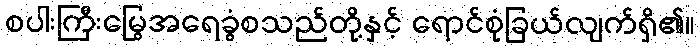
စပါးကြီးမြွေအရေခွံစသည်တို့နှင့် ရောင်စုံခြယ်လျက်ရှိ၏။